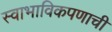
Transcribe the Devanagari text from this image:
स्वाभाविकपणाची